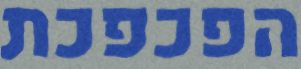
הפכפכת